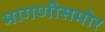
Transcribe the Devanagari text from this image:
मागणीसमोर